Lunatic asylums Bombay report 1891-1903 - 1891-1903
Year: 1891
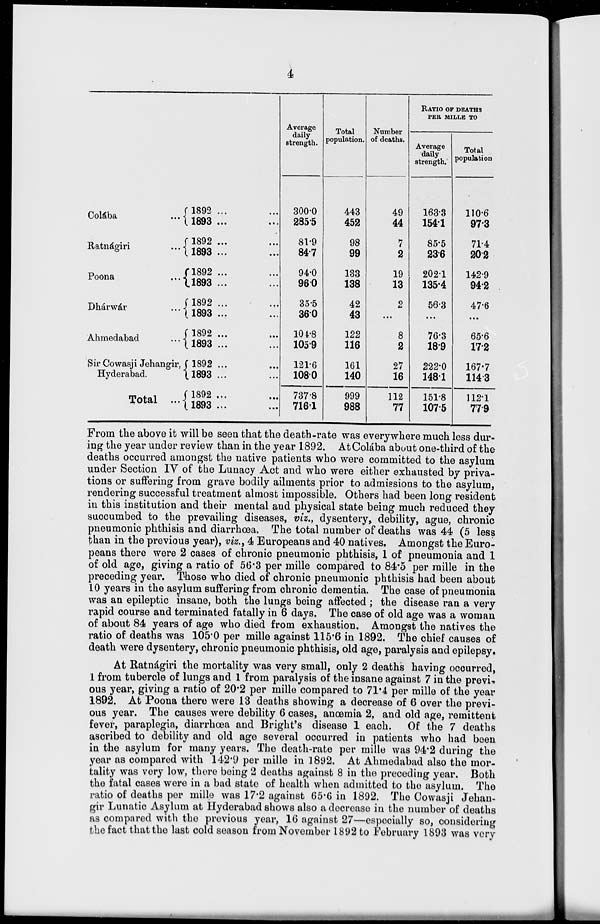
4
Colába ...
Ratnágiri
...
Poona
...
Dhárwár ...
Ahmedabad ...
Sir Cowasji Jehangir,
Hyderabad.
Total
...
1892 ... ...
1893 ... ...
1892 ... ...
1893 ... ...
1892 ... ...
1893 ... ...
1892 ... ...
1893 ... ...
1892 ... ...
1893 ... ...
1892 ... ...
1893 ... ...
1892 ... ...
1893 ... ...
Average
daily
strength.
300.0
285.5
81.9
84.7
94.0
96.0
35.5
36.0
104.8
105.9
121.6
108.0
737.8
716.1
Total
population.
443
452
98
99
133
138
42
43
122
116
161
140
999
988
Number
of deaths.
49
44
7
2
19
13
2
...
8
2
27
16
112
77
RATIO OF DEATHS
PER MILLE TO
Average
daily
strength.
163.3
154.1
85.5
23.6
202.1
135.4
56.3
...
76.3
18.9
222.0
148.1
151.8
107.5
Total
population
110.6
97.3
71.4
20.2
142.9
94.2
47.6
...
65.6
17.2
167.7
114.3
112.1
77.9
From the above it will be seen that the death-rate was everywhere much less dur-
ing the year under review than in the year 1892. At Colába about one-third of the
deaths occurred amongst the native patients who were committed to the asylum
under Section IV of the Lunacy Act and who were either exhausted by priva-
tions or suffering from grave bodily ailments prior to admissions to the asylum,
rendering successful treatment almost impossible. Others had been long resident
in this institution and their mental and physical state being much reduced they
succumbed to the prevailing diseases, viz., dysentery, debility, ague, chronic
pneumonic phthisis and diarrhœa. The total number of deaths was 44 (5 less
than in the previous year), viz., 4 Europeans and 40 natives. Amongst the Euro-
peans there were 2 cases of chronic pneumonic phthisis, 1 of pneumonia and 1
of old age, giving a ratio of 56.3 per mille compared to 84.5 per mille in the
preceding year. Those who died of chronic pneumonic phthisis had been about
10 years in the asylum suffering from chronic dementia. The case of pneumonia
was an epileptic insane, both the lungs being affected ; the disease ran a very
rapid course and terminated fatally in 6 days. The case of old age was a woman
of about 84 years of age who died from exhaustion. Amongst the natives the
ratio of deaths was 105.0 per mille against 115.6 in 1892. The chief causes of
death were dysentery, chronic pneumonic phthisis, old age, paralysis and epilepsy.
At Ratnágiri the mortality was very small, only 2 deaths having occurred,
1 from tubercle of lungs and 1 from paralysis of the insane against 7 in the previ-
ous year, giving a ratio of 20.2 per mille compared to 71.4 per mille of the year
1892. At Poona there were 13 deaths showing a decrease of 6 over the previ-
ous year. The causes were debility 6 cases, anœmia 2, and old age, remittent
fever, paraplegia, diarrhœa and Bright's disease 1 each. Of the 7 deaths
ascribed to debility and old age several occurred in patients who had been
in the asylum for many years. The death-rate per mille was 94.2 during the
year as compared with 142.9 per mille in 1892. At Ahmedabad also the mor-
tality was very low, there being 2 deaths against 8 in the preceding year. Both
the fatal cases were in a bad state of health when admitted to the asylum. The
ratio of deaths per mille was 17.2 against 65.6 in 1892. The Cowasji Jehan-
gir Lunatic Asylum at Hyderabad shows also a decrease in the number of deaths
as compared with the previous year, 16 against 27—especially so, considering
the fact that the last cold season from November 1892 to February 1893 was very